King Institute of Preventive Medicine Bacteriolog. Section reports 1907-08
Year: 1907
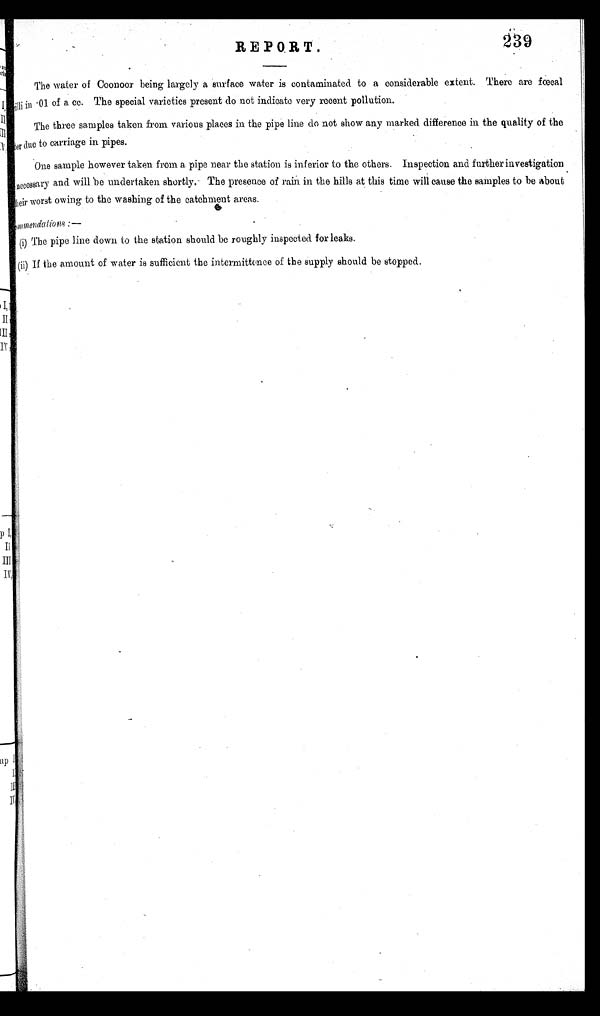
REPORT.
2 3 9
The water of Coonoor being largely a surface water is contaminated to a considerable extent. There are fœcal
illi in . 01 of a cc. The special varieties present do not indicate very recent pollution.
The three samples taken from various places in the pipe line do not show any marked difference in the quality of the
ter due to carriage in pipes.
One sample however taken from a pipe near the station is inferior to the others. Inspection and further investigation
necessa ry and will be undertaken shortly,- The presence of rain in the hills at this time will cause the samples to be about
heir worst owing to the washing of the catchment areas.
mmendations:—
(i) The pipe line down to the station should be roughly inspected for leaks.
(ii) If the amount of water is sufficient the intermittence of the supply should be stopped.